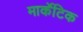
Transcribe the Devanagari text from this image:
मार्केटिक